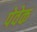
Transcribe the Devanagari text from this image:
पेवेक